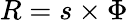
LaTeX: R=s\times\Phi